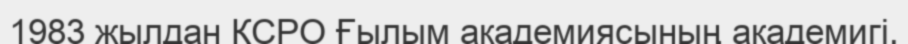
1983 жылдан КСРО Ғылым академиясының академигі.